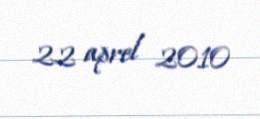
22 aprel 2010